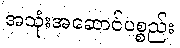
အသုံးအဆောင်ပစ္စည်း